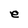
Character: e